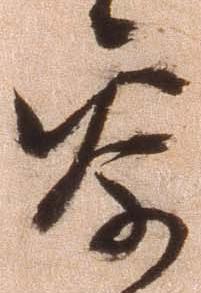
参